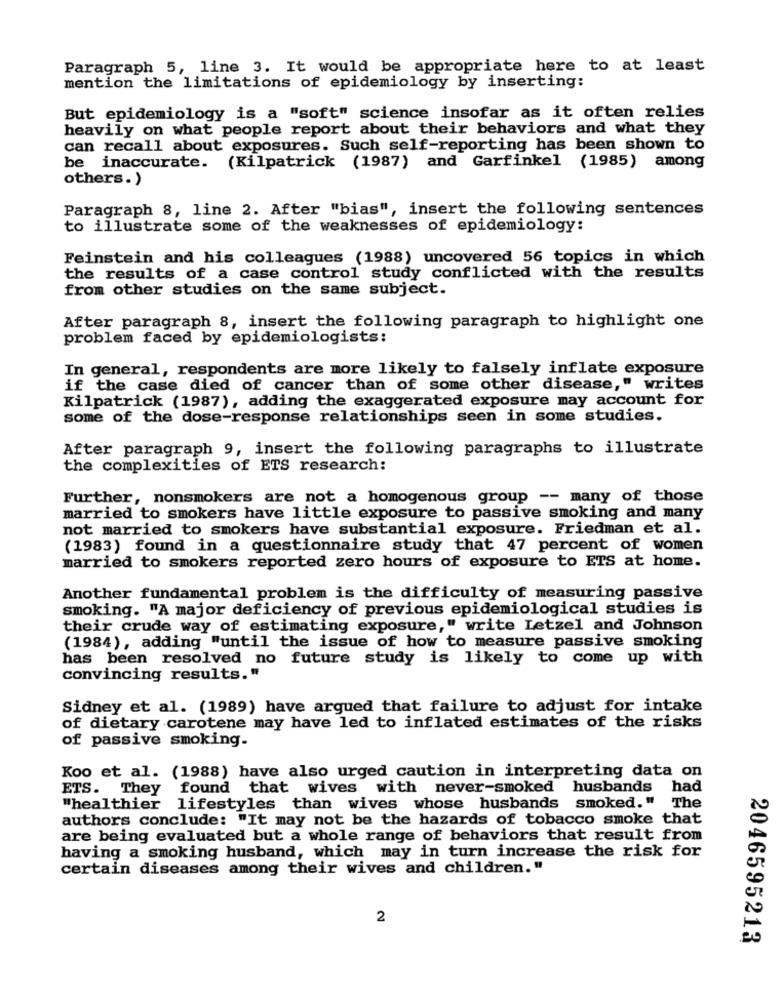
Paragraph 5, line 3. It would be appropriate here to at least
mention the limitations of epidemiology by inserting:
But epidemiology is a "soft" science insofar as it often relies
heavily on what people report about their behaviors and what they
can recall about exposures. Such self-reporting has been shown to
be inaccurate. (Kilpatrick (1987) and Garfinkel (1985) among
others.)
Paragraph 8, line 2. After "bias", insert the following sentences
to illustrate some of the weaknesses of epidemiology:
Feinstein and his colleagues (1988) uncovered 56 topics in which
the results of a case control study conflicted with the results
from other studies on the same subject.
After paragraph 8, insert the following paragraph to highlight one
problem faced by epidemiologists:
In general, respondents are more likely to falsely inflate exposure
if the case died of cancer than of some other disease," writes
Kilpatrick (1987), adding the exaggerated exposure may account for
some of the dose-response relationships seen in some studies.
After paragraph 9, insert the following paragraphs to illustrate
the complexities of ETS research:
Further, nonsmokers are not a homogenous group -- many of those
married to smokers have little exposure to passive smoking and many
not married to smokers have substantial exposure. Friedman et al.
(1983) found in a questionnaire study that 47 percent of women
married to smokers reported zero hours of exposure to ETS at home.
Another fundamental problem is the difficulty of measuring passive
smoking. "A major deficiency of previous epidemiological studies is
their crude way of estimating exposure," write Letzel and Johnson
(1984), adding "until the issue of how to measure passive smoking
has been resolved no future study is likely to come up with
convincing results."
Sidney et al. (1989) have argued that failure to adjust for intake
of dietary carotene may have led to inflated estimates of the risks
of passive smoking.
Koo et al. (1988) have also urged caution in interpreting data on
ETS. They found that wives with never-smoked husbands
had
"healthier lifestyles than wives whose husbands smoked."
The
authors conclude: "It may not be the hazards of tobacco smoke that
are being evaluated but a whole range of behaviors that result from
having a smoking husband, which may in turn increase the risk for
certain diseases among their wives and children."
2
2046595213